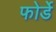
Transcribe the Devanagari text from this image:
फोर्डे